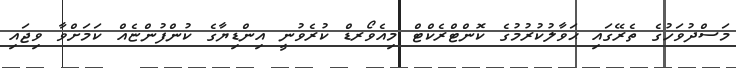
މަސްދުވަހުގެ ތެރޭގައި ޙަވާލުކުރުމުގެ ކޮންޓްރެކްޓް މިއެވޯރޑް ކުރެވުނީ އިންޑިޔާގެ ކުންފުންޏެއް ކަމަށްވާ ވިޖައި